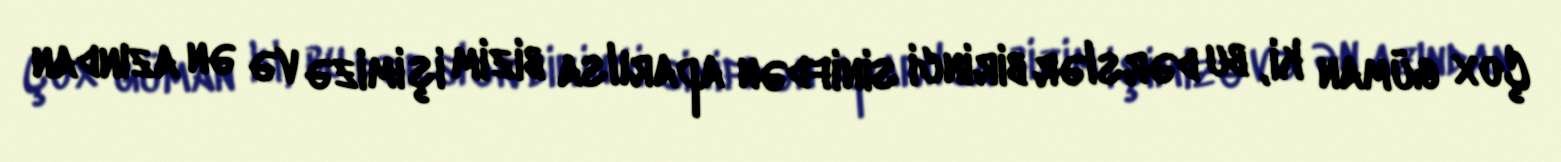
Çox güman ki, bu dərslər birinci sinifdən aparılsa bizim işimizə və ən azından